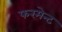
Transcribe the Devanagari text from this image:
फरमेन्ट